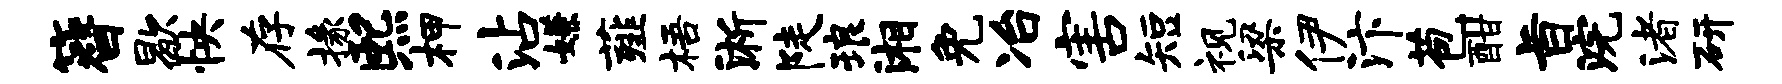
簪歇怏存掾熙柙沾嫌薤梧淅陡琅湘免冶害短视梁伊汴苞酣旨浣渚研